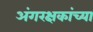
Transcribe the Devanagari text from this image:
अंगरक्षकांच्या